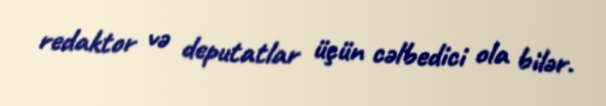
redaktor və deputatlar üçün cəlbedici ola bilər.